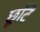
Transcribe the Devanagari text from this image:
छूटि